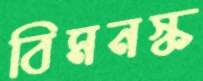
বিমনস্ক